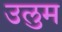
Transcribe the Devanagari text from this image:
उलुम